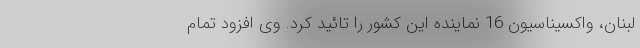
لبنان، واکسیناسیون 16 نماینده این کشور را تائید کرد. وی افزود تمام